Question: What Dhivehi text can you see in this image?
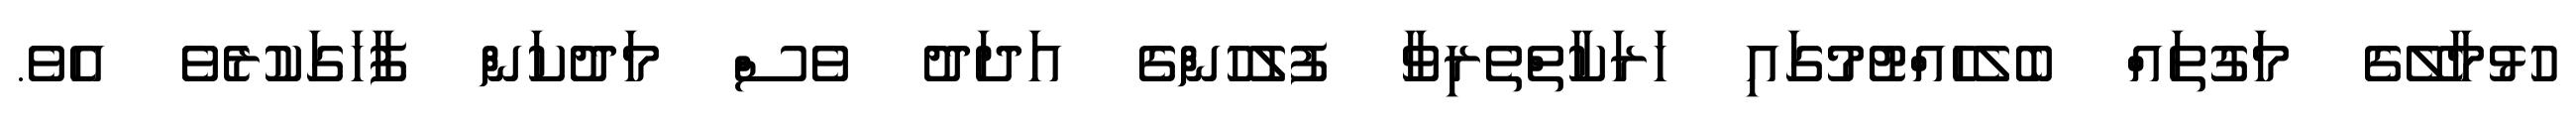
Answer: ހުޅުމާލޭގެ މަގުތައް ބެލެހެއްޓުމުގައި ހަރަކާތްތެރިވާ ފުލުހުންގެ އަދަދު ވެސް މަދުކަން ފާހަގަކުރެވެ އެވެ.